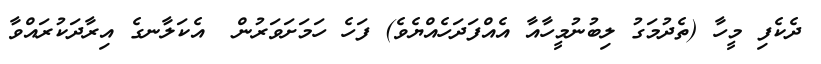
ދެކެފި މީހާ (ތެދުމަގު ލިބުނުމީހާއާ އެއްފަދަހެއްޔެވެ) ފަހެ ހަމަށަވަރުން  އެކަލާނގެ އިރާދަކުރައްވާ